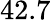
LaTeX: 42.7